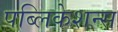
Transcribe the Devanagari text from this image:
पब्लिकेशन्‍स